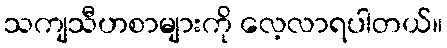
သကျသီဟစာများကို လေ့လာရပါတယ်။